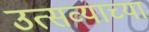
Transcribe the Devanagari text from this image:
उत्सव्याच्या